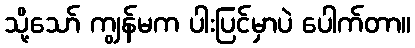
သို့သော် ကျွန်မက ပါးပြင်မှာပဲ ပေါက်တာ။